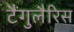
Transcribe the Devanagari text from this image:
टैंगुलैरिस